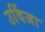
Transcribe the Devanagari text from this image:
उर्विजा